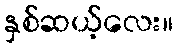
နှစ်ဆယ့်လေး။